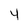
Character: 4